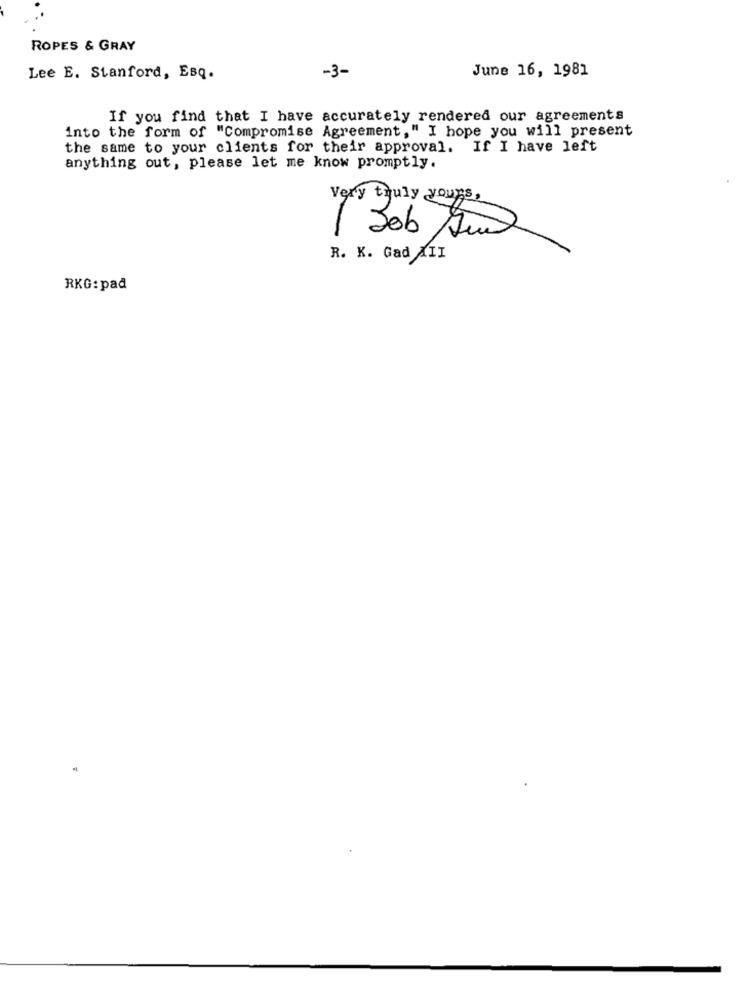
ROPES & GRAY
-3-
June 16, 1981
Lee E. Stanford, EsQ.
If you find that I have accurately rendered our agreements
into the form of "Compromise Agreement," I hope you will present
the same to your clients for their approval. If I have left
anything out, please let me know promptly.
Very truly yours,
R. K. Gad XII
RKG: pad